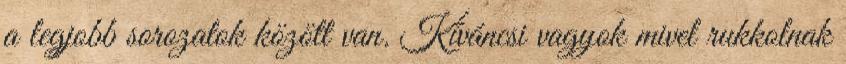
a legjobb sorozatok között van. Kíváncsi vagyok mivel rukkolnak